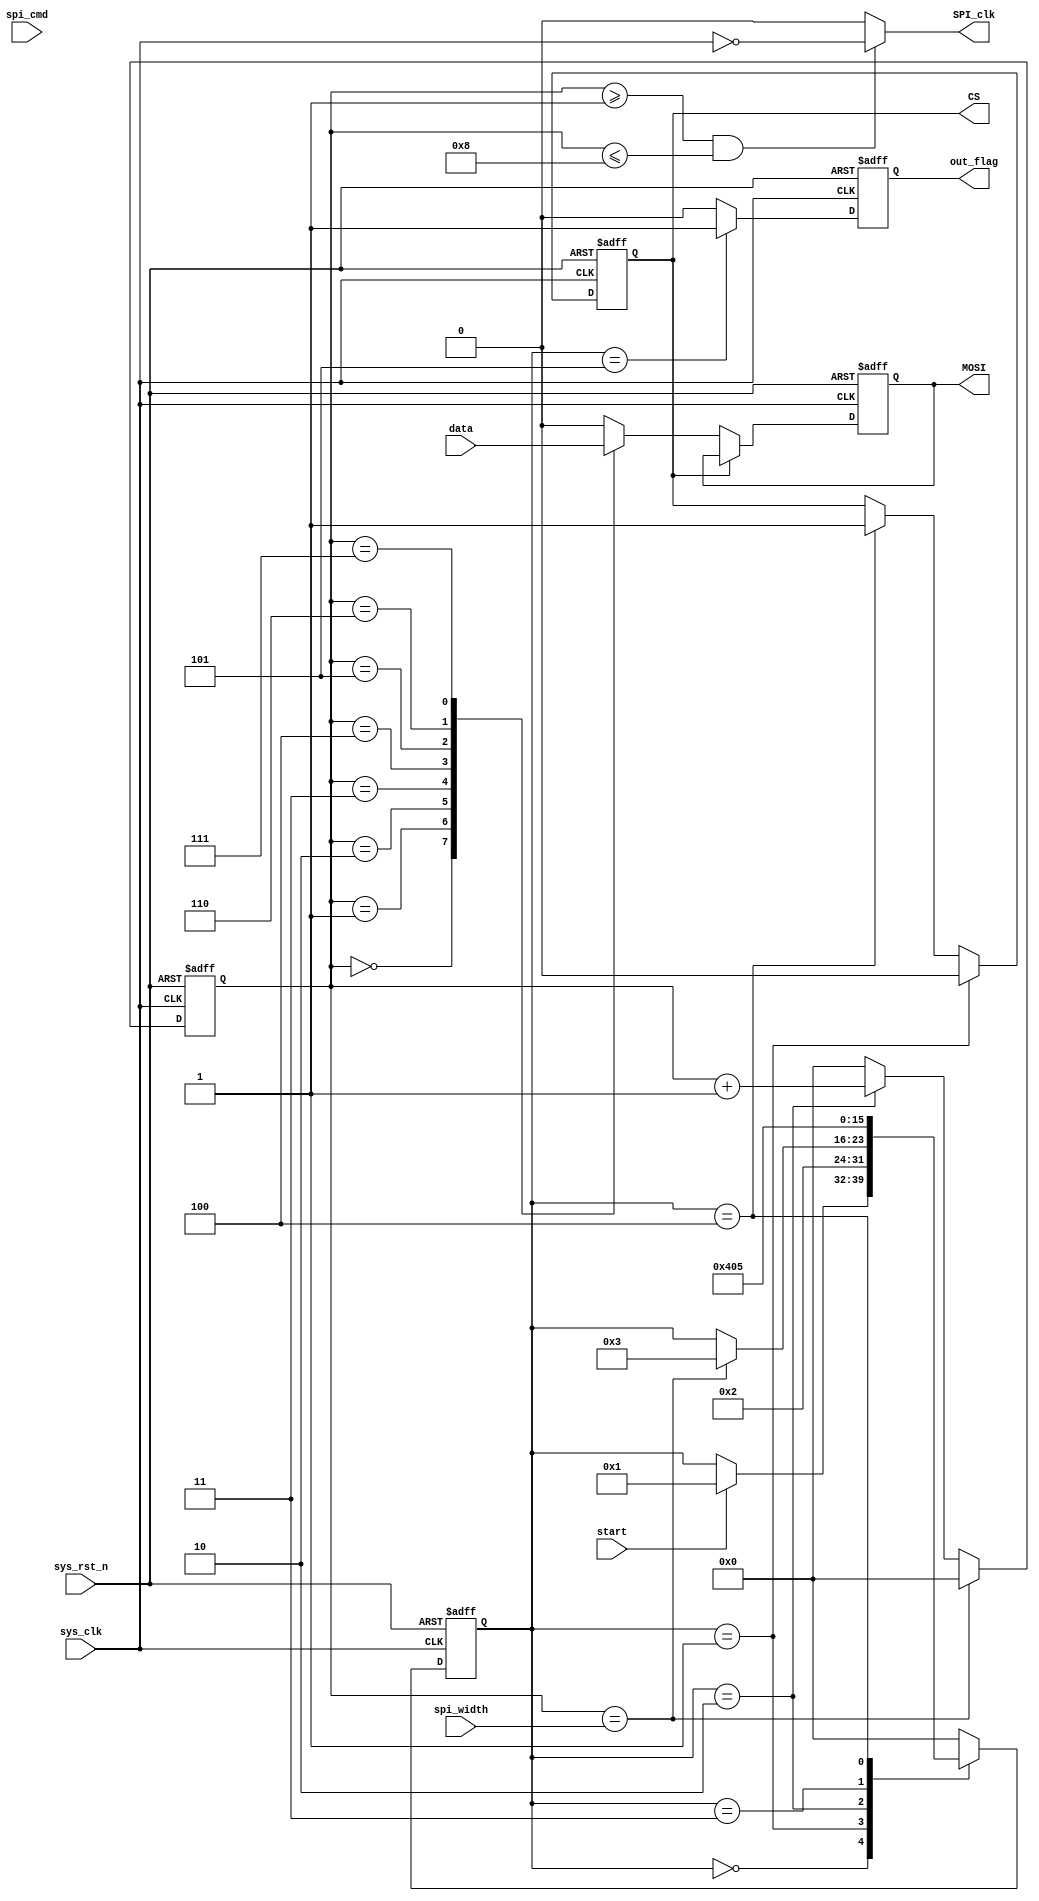
module SPI_MO(

input wire sys_clk,
input wire sys_rst_n,
input wire [7:0]spi_width,
input wire [1:0]spi_cmd,
input wire start,
input wire [7:0]data,

output wire SPI_clk,
output reg CS,
output reg MOSI,
output reg out_flag

);


wire sys_clk_fan;

assign sys_clk_fan = ~sys_clk;


reg [7:0]cnt_8;
reg en;

reg [7:0]state;

parameter IDIE = 8'd0,
				s1 = 8'd1,
				s2 = 8'd2,
				s3 = 8'd3,
				s4 = 8'd4,
				s5 = 8'd5;

				
always @(posedge sys_clk or negedge sys_rst_n)
				if(sys_rst_n == 1'b0)
					state <= IDIE;
				else 
					case(state)
					IDIE :
						if(start == 1'b1)	
							state <= s1;
						else
							state <= state;
					s1 :
						state <= s2;
					s2 :
						if(cnt_8 == spi_width)
							state <= s3;
						else
							state <= state;
					s3 :
						state <= s4;
					s4 :
						state <= s5;
					s5 :
						state <= IDIE;
					default : state <= IDIE;
					endcase
				
always @(posedge sys_clk or negedge sys_rst_n)
				if(sys_rst_n == 1'b0)				
					cnt_8 <= 8'd0;
				else if(cnt_8 == spi_width )
					cnt_8 <= 8'd0;
				else if(state == s2)
					cnt_8 <= cnt_8 + 8'd1;
				else
					cnt_8 <= 8'd0;
				
always @(posedge sys_clk or negedge sys_rst_n)
				if(sys_rst_n == 1'b0)
					en <= 1'b0;
				else if((cnt_8 >= 8'd0 && cnt_8 <= spi_width) && state == s2)
					en <= 1'b1;
				else
					en <= 1'b0;
					
				
assign SPI_clk = (cnt_8 >= 8'd1 && cnt_8 <= 8'd8)?(sys_clk_fan):(1'b0);
				
				

				
				

always @(posedge sys_clk or negedge sys_rst_n)
				if(sys_rst_n == 1'b0)
					CS <= 1'b1;
				else if(state == s1)
					CS <= 1'b0;
				else if(state == s4)
					CS <= 1'b1;
				else
					CS <= CS;
					
					
always @(posedge sys_clk or negedge sys_rst_n)
				if(sys_rst_n == 1'b0)
					MOSI <= 1'b0;
				else if(CS == 1'b0)
					case(cnt_8)
//						8'd0 : MOSI <= data[23];
//						8'd1 : MOSI <= data[22];
//						8'd2 : MOSI <= data[21];
//						8'd3 : MOSI <= data[20];
//						8'd4 : MOSI <= data[19];
//						8'd5 : MOSI <= data[18];
//						8'd6 : MOSI <= data[17];
//						8'd7 : MOSI <= data[16];
//						8'd8 : MOSI <= data[15];
//						8'd9 : MOSI <= data[14];
//						8'd10 : MOSI <= data[13];
//						8'd11 : MOSI <= data[12];
//						8'd12 : MOSI <= data[11];
//						8'd13 : MOSI <= data[10];
//						8'd14 : MOSI <= data[9];
//						8'd15 : MOSI <= data[8];
						8'd0 : MOSI <= data[7];
						8'd1 : MOSI <= data[6];
						8'd2 : MOSI <= data[5];
						8'd3 : MOSI <= data[4];
						8'd4 : MOSI <= data[3];
						8'd5 : MOSI <= data[2];
						8'd6 : MOSI <= data[1];
						8'd7 : MOSI <= data[0];
						default : MOSI <= 1'b0;
					endcase
					

always @(posedge sys_clk or negedge sys_rst_n)
				if(sys_rst_n == 1'b0)
					out_flag <= 1'b0;
				else if(state == s5)
					out_flag <= 1'b1;
				else
					out_flag <= 1'b0;
				
				
				

endmodule